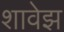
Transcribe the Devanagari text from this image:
शावेझ